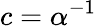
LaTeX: c=\alpha^{-1}